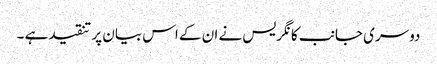
دوسری جانب کانگریس نے ان کے اس بیان پر تنقیدہے ۔